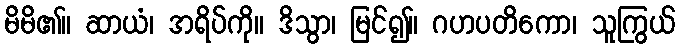
မိမိ၏။ ဆာယံ၊ အရိပ်ကို။ ဒိသွာ၊ မြင်၍။ ဂဟပတိကော၊ သူကြွယ်